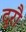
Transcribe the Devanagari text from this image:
दुरौ